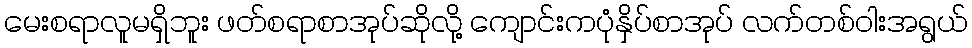
မေးစရာလူမရှိဘူး ဖတ်စရာစာအုပ်ဆိုလို့ ကျောင်းကပုံနှိပ်စာအုပ် လက်တစ်ဝါးအရွယ်